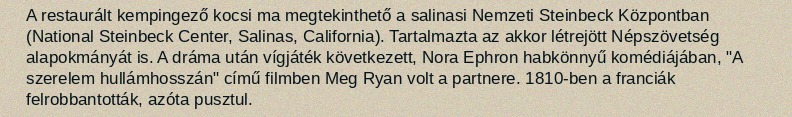
A restaurált kempingező kocsi ma megtekinthető a salinasi Nemzeti Steinbeck Központban (National Steinbeck Center, Salinas, California). Tartalmazta az akkor létrejött Népszövetség alapokmányát is. A dráma után vígjáték következett, Nora Ephron habkönnyű komédiájában, "A szerelem hullámhosszán" című filmben Meg Ryan volt a partnere. 1810-ben a franciák felrobbantották, azóta pusztul.